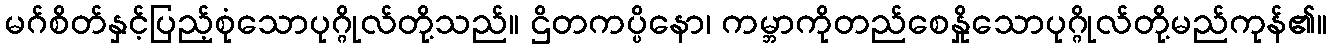
မဂ်စိတ်နှင့်ပြည့်စုံသောပုဂ္ဂိုလ်တို့သည်။ ဌိတကပ္ပိနော၊ ကမ္ဘာကိုတည်စေနှိုသောပုဂ္ဂိုလ်တို့မည်ကုန်၏။